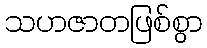
သဟဇာတဖြစ်စွာ